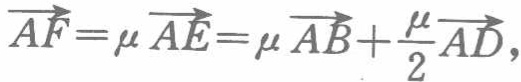
\(\overrightarrow{AF}=\mu \overrightarrow{AE}=\mu \overrightarrow{AB}+\frac{\mu}{2}\overrightarrow{AD},\)